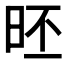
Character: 𣆏